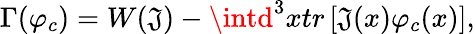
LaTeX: \Gamma(\varphi_{c})=W(\mathfrak{J})-\intd^{3}xtr\left[\mathfrak{J}(x)\varphi_{c}(x)\right],